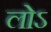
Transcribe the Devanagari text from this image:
लोऽ